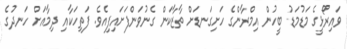
ވައިރޯޅީގެ މަޑުމަޑު ބީހުން އިމްރާންގެ ހަށިގަނޑަށް ތާޒާކަން ގެނުވަންފަށައިފިއެވެ. ފަތިހަކާއި ދިމާއަށް ހަނދުގެ